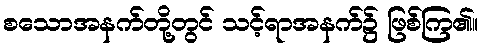
စသောအနက်တို့တွင် သင့်ရာအနက်၌ ဖြစ်ကြ၏။